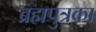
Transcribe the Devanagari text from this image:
ब्रह्मपुत्रका